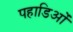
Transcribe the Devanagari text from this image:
पहाडिओं